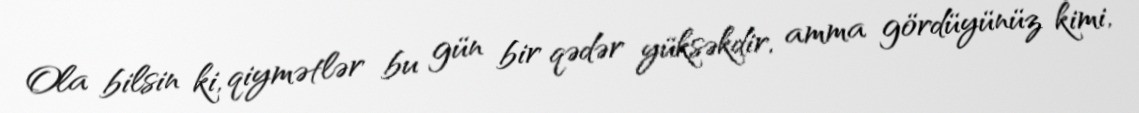
Ola bilsin ki, qiymətlər bu gün bir qədər yüksəkdir, amma gördüyünüz kimi,